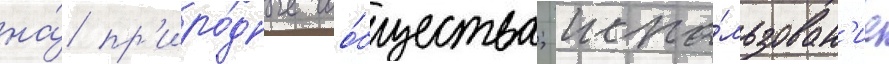
на́ пр'иро́дные соо́бщества; испо́льзован'ие